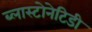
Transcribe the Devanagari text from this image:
ब्लास्टोनेटिडी